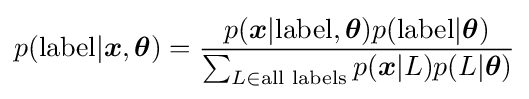
p({\rm {label}}|{\boldsymbol {x}},{\boldsymbol {\theta }})={\frac {p({{\boldsymbol {x}}|{\rm {label,{\boldsymbol {\theta }}}}})p({\rm {label|{\boldsymbol {\theta }}}})}{\sum _{L\in {\text{all labels}}}p({\boldsymbol {x}}|L)p(L|{\boldsymbol {\theta }})}}